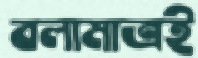
বলামাত্রই